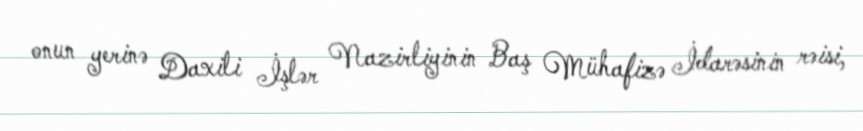
onun yerinə Daxili İşlər Nazirliyinin Baş Mühafizə İdarəsinin rəisi,